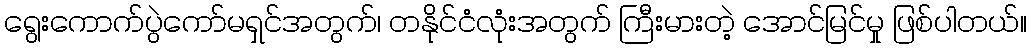
ရွေးကောက်ပွဲကော်မရှင်အတွက်၊ တနိုင်ငံလုံးအတွက် ကြီးမားတဲ့ အောင်မြင်မှု ဖြစ်ပါတယ်။